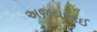
અજયભાઈ